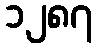
၁၂၈၇